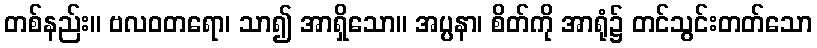
တစ်နည်း။ ဗလဝတရော၊ သာ၍ အာရှိသော။ အပ္ပနာ၊ စိတ်ကို အာရုံ၌ တင်သွင်းတတ်သော